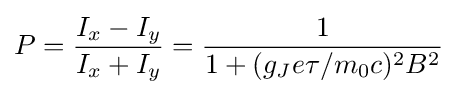
P={\frac {I_{x}-I_{y}}{I_{x}+I_{y}}}={\frac {1}{1+(g_{J}e\tau /m_{0}c)^{2}B^{2}}}